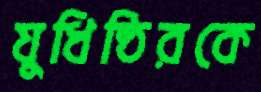
যুধিষ্ঠিরকে